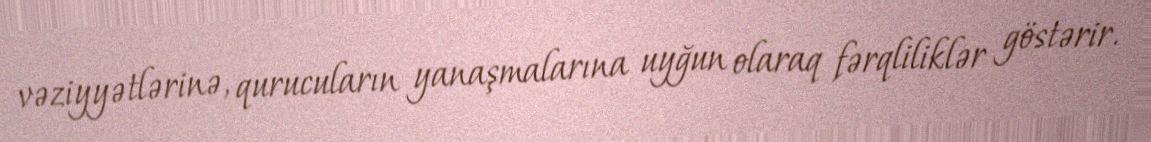
vəziyyətlərinə, qurucuların yanaşmalarına uyğun olaraq fərqliliklər göstərir.